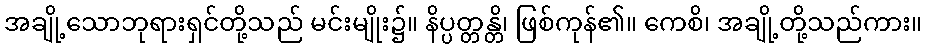
အချို့သောဘုရားရှင်တို့သည် မင်းမျိုး၌။ နိပ္ပတ္တန္တိ၊ ဖြစ်ကုန်၏။ ကေစိ၊ အချို့တို့သည်ကား။